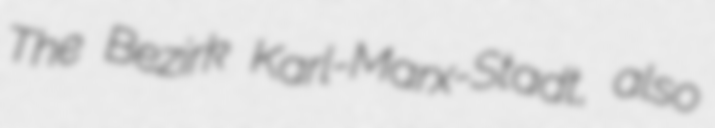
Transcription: The Bezirk Karl-Marx-Stadt, also